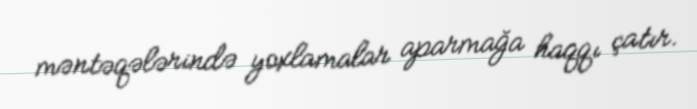
məntəqələrində yoxlamalar aparmağa haqqı çatır.